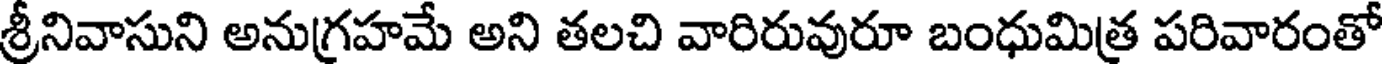
శ్రీనివాసుని అనుగ్రహమే అని తలచి వారిరువురూ బంధుమిత్ర పరివారంతో